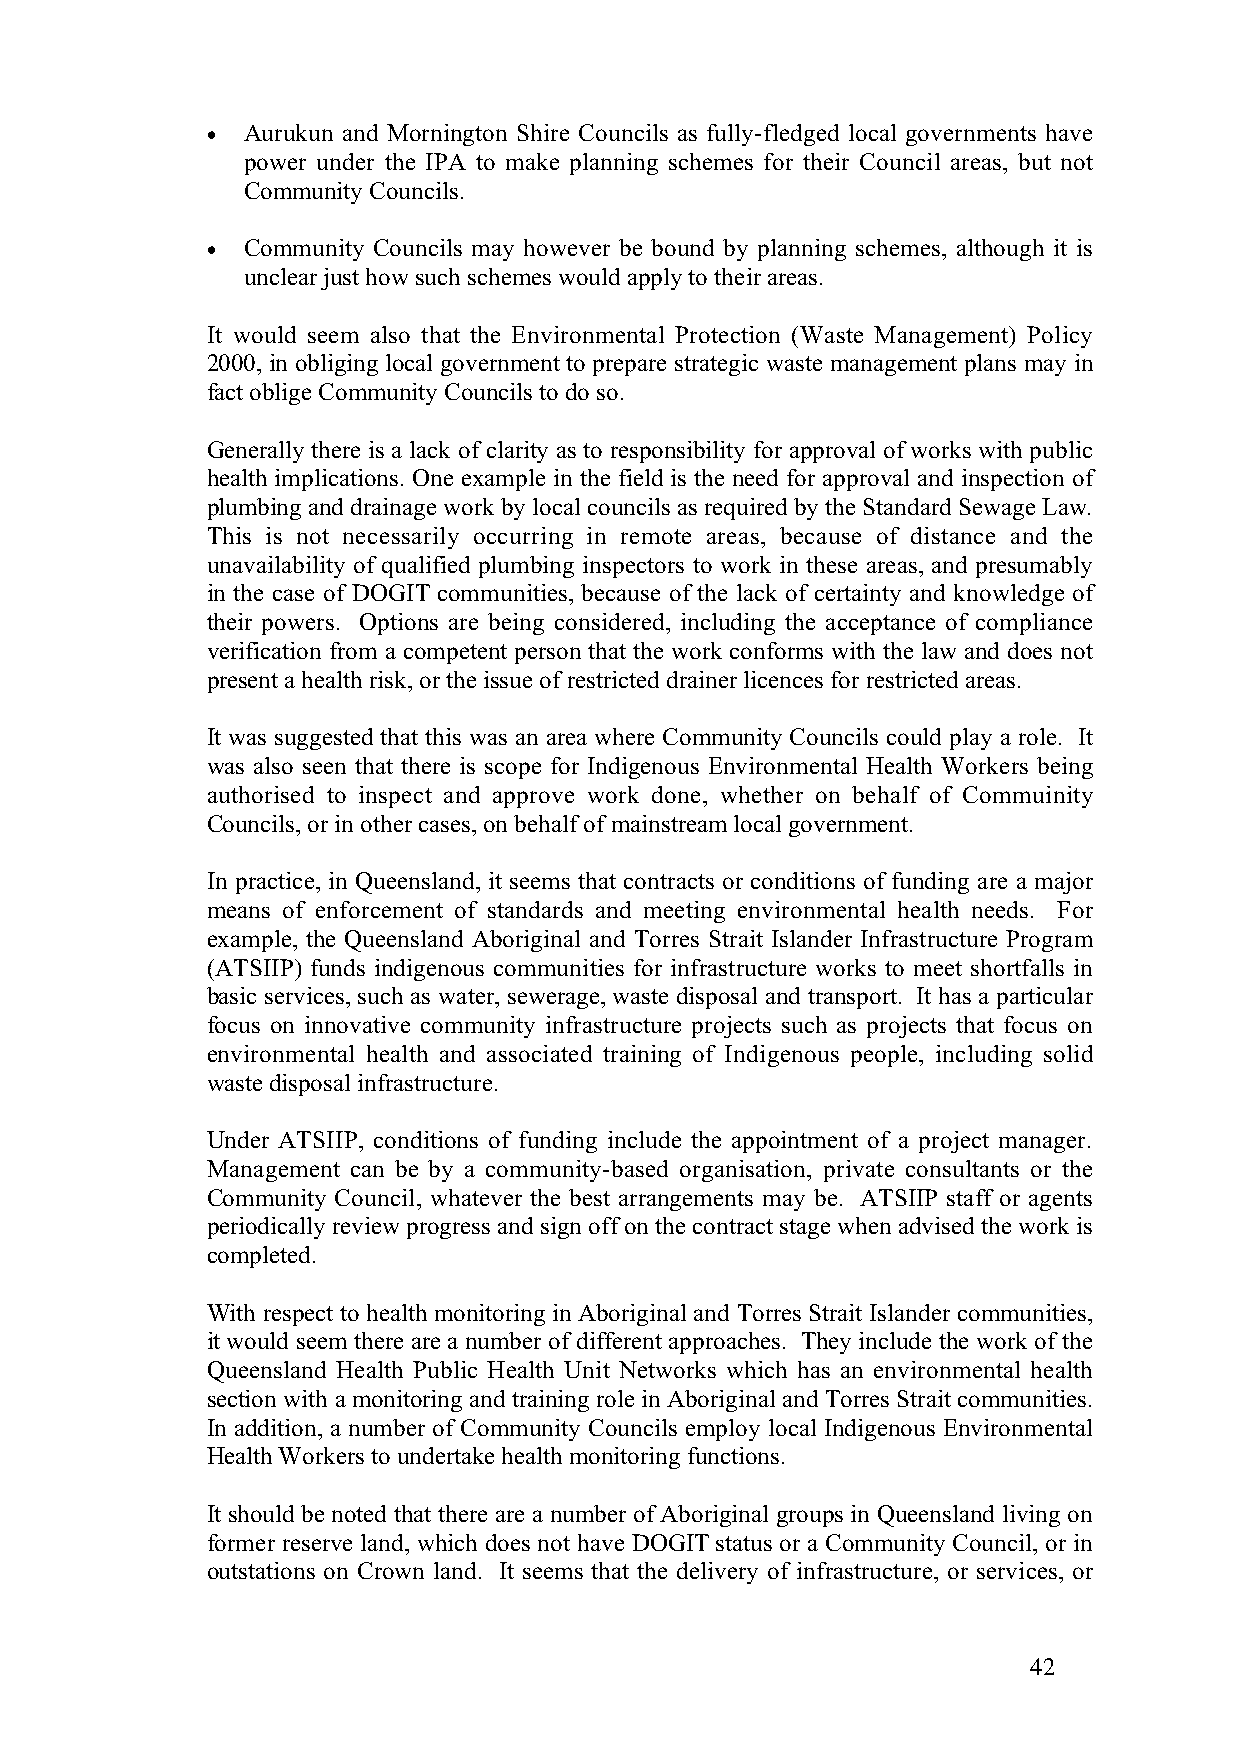
• Aurukun and Mornington Shire Councils as fully-fledged local governments have
 power under the IPA to make planning schemes for their Council areas, but not
 Community Councils.
 • Community Councils may however be bound by planning schemes, although it is
 unclear just how such schemes would apply to their areas.
 It would seem also that the Environmental Protection (Waste Management) Policy
 2000, in obliging local government to prepare strategic waste management plans may in
 fact oblige Community Councils to do so.
 Generally there is a lack of clarity as to responsibility for approval of works with public
 health implications. One example in the field is the need for approval and inspection of
 plumbing and drainage work by local councils as required by the Standard Sewage Law.
 This is not necessarily occurring in remote areas, because of distance and the
 unavailability of qualified plumbing inspectors to work in these areas, and presumably
 in the case of DOGIT communities, because of the lack of certainty and knowledge of
 their powers. Options are being considered, including the acceptance of compliance
 verification from a competent person that the work conforms with the law and does not
 present a health risk, or the issue of restricted drainer licences for restricted areas.
 It was suggested that this was an area where Community Councils could play a role. It
 was also seen that there is scope for Indigenous Environmental Health Workers being
 authorised to inspect and approve work done, whether on behalf of Commuinity
 Councils, or in other cases, on behalf of mainstream local government.
 In practice, in Queensland, it seems that contracts or conditions of funding are a major
 means of enforcement of standards and meeting environmental health needs. For
 example, the Queensland Aboriginal and Torres Strait Islander Infrastructure Program
 (ATSIIP) funds indigenous communities for infrastructure works to meet shortfalls in
 basic services, such as water, sewerage, waste disposal and transport. It has a particular
 focus on innovative community infrastructure projects such as projects that focus on
 environmental health and associated training of Indigenous people, including solid
 waste disposal infrastructure.
 Under ATSIIP, conditions of funding include the appointment of a project manager.
 Management can be by a community-based organisation, private consultants or the
 Community Council, whatever the best arrangements may be. ATSIIP staff or agents
 periodically review progress and sign off on the contract stage when advised the work is
 completed.
 With respect to health monitoring in Aboriginal and Torres Strait Islander communities,
 it would seem there are a number of different approaches. They include the work of the
 Queensland Health Public Health Unit Networks which has an environmental health
 section with a monitoring and training role in Aboriginal and Torres Strait communities.
 In addition, a number of Community Councils employ local Indigenous Environmental
 Health Workers to undertake health monitoring functions.
 It should be noted that there are a number of Aboriginal groups in Queensland living on
 former reserve land, which does not have DOGIT status or a Community Council, or in
 outstations on Crown land. It seems that the delivery of infrastructure, or services, or
 42